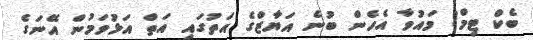
ބެކް ޓިމް! މައުވާ އެހެން ބުނެ އަޔާޒްގެ އަތުގައި އަތް އަޅުވަމުން އޭނަގެ